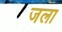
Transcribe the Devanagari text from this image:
जला